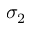
\sigma _ { 2 }